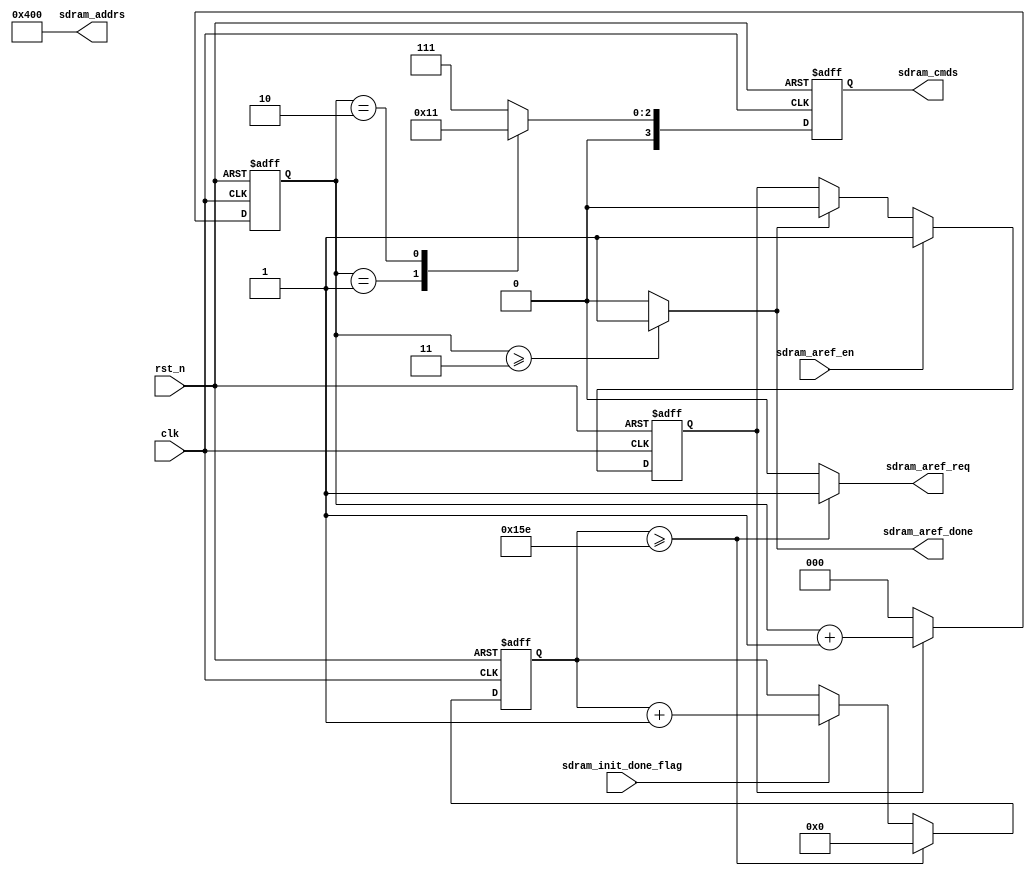
// Auto Refresh 

// 64ms  8192
// 7.8125us
//

module sdram_aref (
        input      clk,
        input      rst_n,

        //cmds: CSn     RASn    CASn    WEn
        output reg [3:0]sdram_cmds,
        output wire [12:0]sdram_addrs,


        output      sdram_aref_req,
        input       sdram_aref_en,
        output      sdram_aref_done,
        input       sdram_init_done_flag
    );

    parameter CLK_FREQ_MHz = 50;
    // 7us 7000/ (1000/ CLK_FREQ_MHz)
    localparam AREF_CNT_MAX=7 * CLK_FREQ_MHz;

    reg [$clog2(AREF_CNT_MAX+1)-1:0] aref_cnt;


    reg flag_aref_working;

    always @(posedge clk or negedge rst_n) begin
        if(!rst_n) begin
            flag_aref_working<= 1'b0;
        end
        else if (sdram_aref_en) begin
            flag_aref_working<= 1'b1;
        end
        else if(sdram_aref_done) begin
            flag_aref_working<= 1'b0;
        end
    end

    always @(posedge clk or negedge rst_n) begin
        if(!rst_n) begin
            aref_cnt <= 0;
        end
        else if (aref_cnt >= AREF_CNT_MAX)
            aref_cnt <= 0;
        else if (sdram_init_done_flag)
            aref_cnt <= aref_cnt+1'b1;
    end

    assign sdram_aref_req =(aref_cnt >= AREF_CNT_MAX)? 1'b1:1'b0;

    reg [2:0]sdram_aref_cmd_cnt;

    always @(posedge clk or negedge rst_n) begin
        if(!rst_n) begin
            sdram_aref_cmd_cnt <= 0;
        end
        else begin
            if (flag_aref_working) begin
                sdram_aref_cmd_cnt <= sdram_aref_cmd_cnt+1'b1;
            end
            else begin
                sdram_aref_cmd_cnt<=0;
            end
        end
    end

    // for ALL BANKS PRECHARGE
    assign sdram_addrs=13'b0_0100_0000_0000;


    //cmds: CSn     RASn    CASn    WEn
    localparam CMD_MODE_REG_SET = 4'b0000;
    localparam CMD_NOP = 4'b0111;
    localparam CMD_PRECHARGE_ALL_BANK = 4'b0010;
    localparam CMD_AUTO_REFRESH = 4'b0001;


    always @(posedge clk or negedge rst_n) begin
        if(!rst_n) begin
            sdram_cmds<= CMD_NOP;
        end
        else
        case (sdram_aref_cmd_cnt)
            1:
                sdram_cmds<= CMD_PRECHARGE_ALL_BANK;
            2:
                sdram_cmds<= CMD_AUTO_REFRESH;
            default:
                sdram_cmds<= CMD_NOP;
        endcase
    end

    //tRC rRC
    assign sdram_aref_done = (sdram_aref_cmd_cnt >= 3) ?1'b1:1'b0;

endmodule //sdram_aref